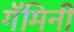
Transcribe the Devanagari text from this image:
गॅमिनी